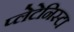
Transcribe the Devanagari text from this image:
प्‍लेटेनिस्‍टा